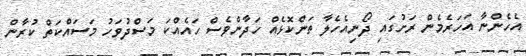
އެހެންނާ އަހަރެމެން ރަށުގައި ދޯނިއެހެލާ ތަންކޮޅެއް ހަދާންވެސް ހައެއްކަ މަސްދުވަހު މަސައްކަތް ކުރާން